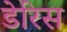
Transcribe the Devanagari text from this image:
डेरिस